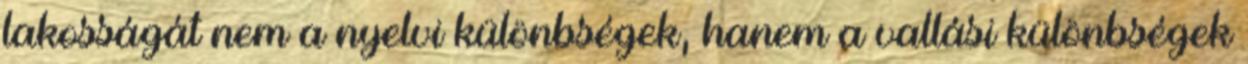
lakosságát nem a nyelvi különbségek, hanem a vallási különbségek